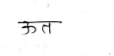
मजकूर: ऊत